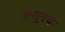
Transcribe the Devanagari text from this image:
असूनच